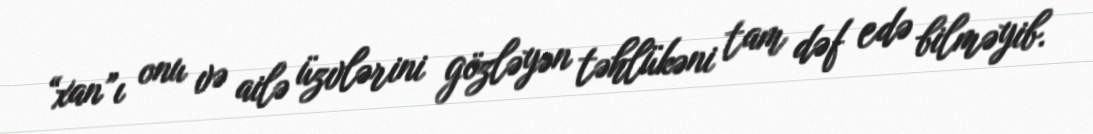
“xan”ı onu və ailə üzvlərini gözləyən təhlükəni tam dəf edə bilməyib.